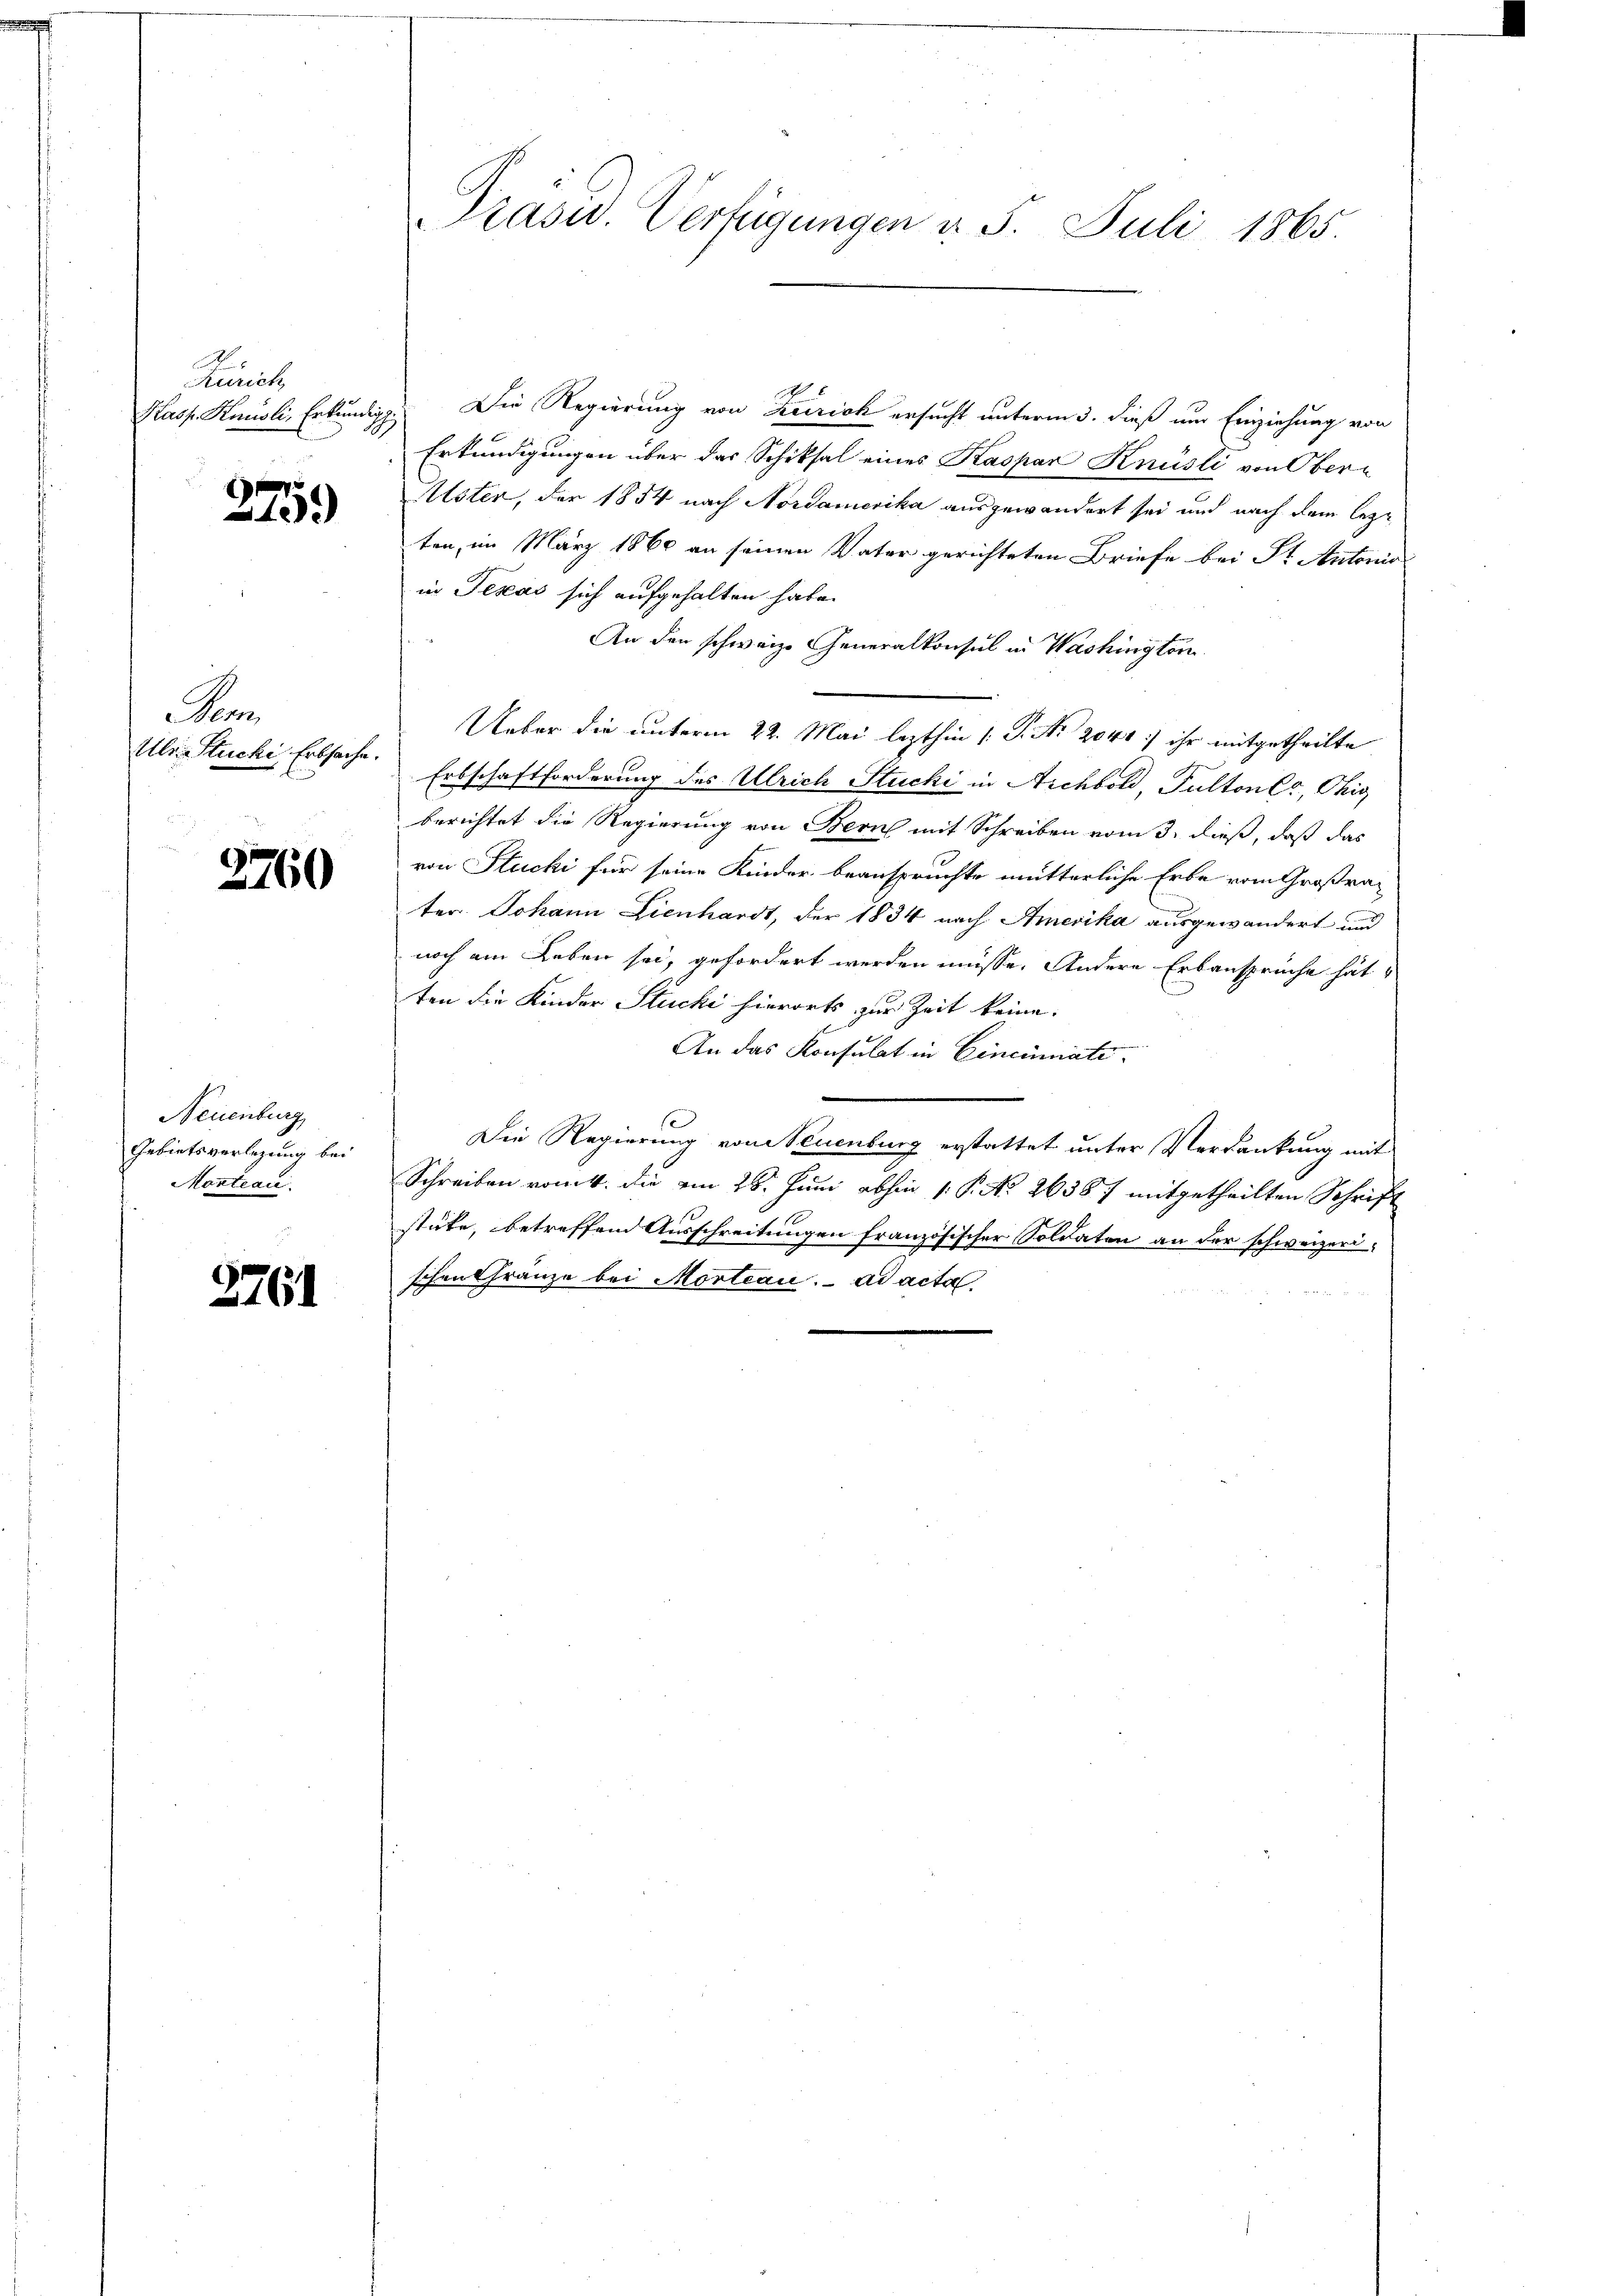
Zürich

275.

Prom
Ulr. Stucki, Erbsache.

2760

Neuenburg
Gebietsverlegung bei
Montrace.

2761

Präsid. Verfügungen v. 5. Juli 1865.

A
Kasp. Knüsli, Erkundigg. Die Regierung von Kerrich ersucht unterm 3. dieß um Einziehung von
Erkundigungen über das Schiksal eines Kaspar Knüsli von Ober¬
Alster, der 1854 nach Nordamerika ausgewandert sei und nach dem lezten, im März 1860 an seinen Vater gerichteten Briefe bei Sr. Antonis
in Tescas sich aufgehalten habe.
An den schweiz. Generalkonsul in Washington
Ueber die unterm 22. Mai lezthin (: P. Nr. 2040 ihr mitgetheilte
Erbschaftforderung des Ulrich Stucki in Aichbold, Pultones, Ohig
berichtet die Regierung von Bern mit Schreiben vom 3. dieß, daß das
von Stucki für seine Kinder beanspruchte mutterliche Erbe vom Großrater Johann Lienhardt, der 1834 nach Amerika ausgewandert und
noch am Leben sei, gefordert werden müsse. Andere Erbansprüche hät
ten die Kinder Stucki hierorts zur Zeit keine
An das Konsulat in Cincinate
e
Die Regierung von Neuenburg erstattet unter Verdankung mit
Schreiben romtt. die am 28. Juni abhin 1. P. Nr. 26387 mitgetheilten Schrift
stüke, betreffend Ausschreitungen französischer Soldaten an der schweizeri-
schen Gränze bei Mortian. ad acta